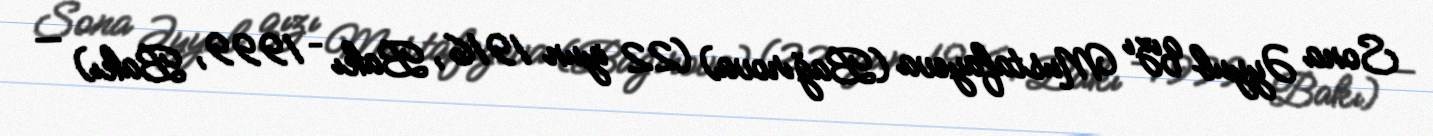
Sona Əyyub qızı Mustafayeva (Bağırova) (22 iyun 1916, Bakı – 1999, Bakı) —